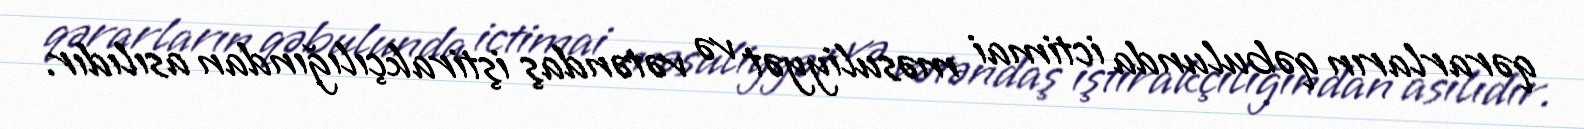
qərarların qəbulunda ictimai məsuliyyət və vətəndaş iştirakçılığından asılıdır.